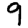
Digit: 9